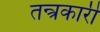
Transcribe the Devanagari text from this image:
तन्त्रकारी